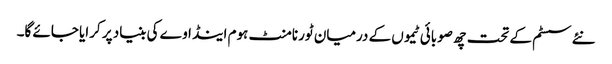
نئے سسٹم کے تحت چھ صوبائی ٹیموں کے درمیان ٹورنامنٹ ہوم اینڈ اوے کی بنیاد پر کرایا جائے گا۔